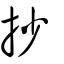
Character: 抄